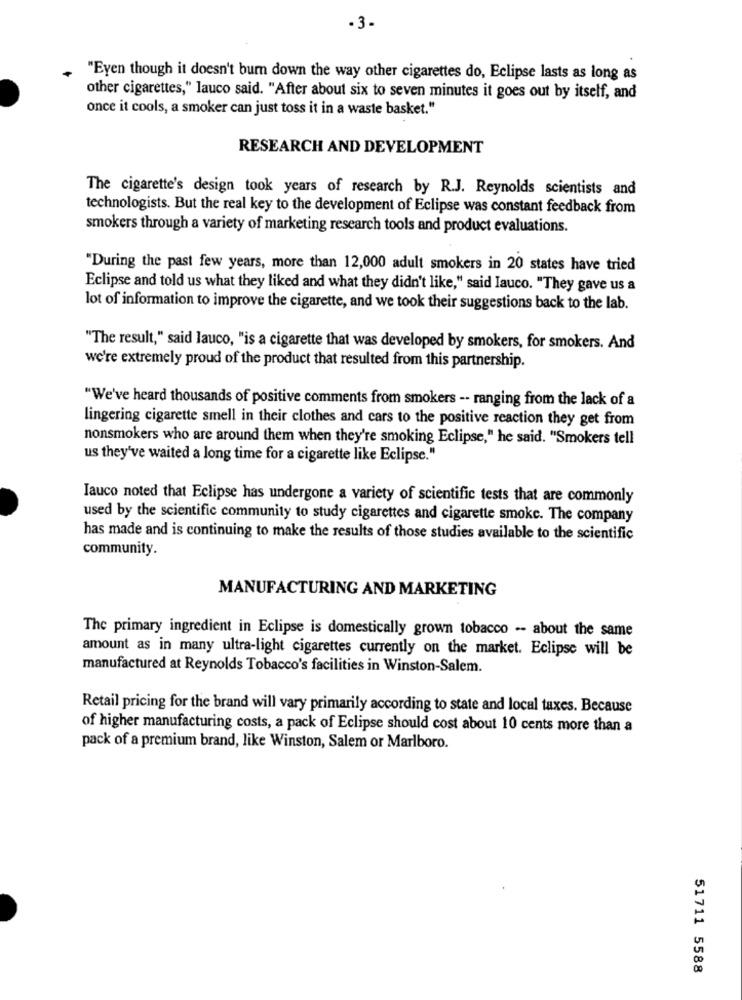
.3-
"Eyen though it doesn't burn down the way other cigarettes do, Eclipse lasts as long as
other cigarettes," lauco said. "After about six to seven minutes it goes out by itself, and
once it cools, a smoker can just toss it in a waste basket."
RESEARCH AND DEVELOPMENT
The cigarette's design took years of research by R.J. Reynolds scientists and
technologists. But the real key to the development of Eclipse was constant feedback from
smokers through a variety of marketing research tools and product evaluations.
"During the past few years, more than 12,000 adult smokers in 20 states have tried
Eclipse and told us what they liked and what they didn't like," said Iauco. "They gave us a
lot of information to improve the cigarette, and we took their suggestions back to the lab.
"The result," said lauco, "is a cigarette that was developed by smokers, for smokers. And
we're extremely proud of the product that resulted from this partnership.
"We've heard thousands of positive comments from smokers -- ranging from the lack of a
lingering cigarette smell in their clothes and cars to the positive reaction they get from
nonsmokers who are around them when they're smoking Eclipse," he said. "Smokers tell
us they've waited a long time for a cigarette like Eclipse."
Iauco noted that Eclipse has undergone a variety of scientific tests that are commonly
used by the scientific community to study cigarettes and cigarette smoke. The company
has made and is continuing to make the results of those studies available to the scientific
community.
MANUFACTURING AND MARKETING
The primary ingredient in Eclipse is domestically grown tobacco -- about the same
amount as in many ultra-light cigarettes currently on the market. Eclipse will be
manufactured at Reynolds Tobacco's facilities in Winston-Salem.
Retail pricing for the brand will vary primarily according to state and local taxes. Because
of higher manufacturing costs, a pack of Eclipse should cost about 10 cents more than a
pack of a premium brand, like Winston, Salem or Marlboro.
51711 5588